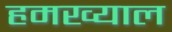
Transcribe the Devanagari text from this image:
हमख्याल